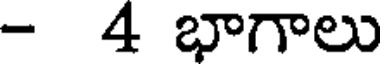
- 4 భాగాలు